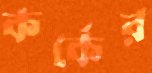
কর্কের